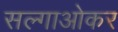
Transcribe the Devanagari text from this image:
सल्गाओकर